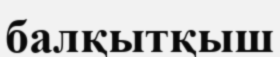
балқытқыш